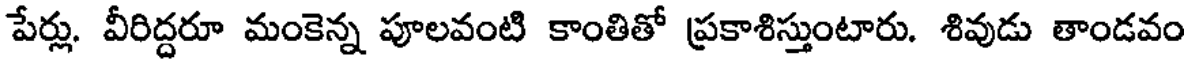
పేర్లు. వీరిద్దరూ మంకెన్న పూలవంటి కాంతితో ప్రకాశిస్తుంటారు. శివుడు తాండవం